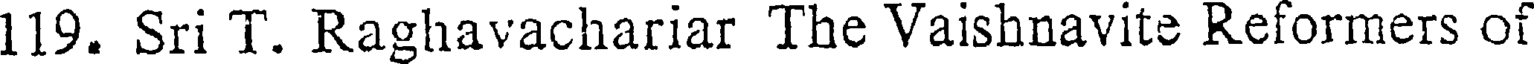
119. Sri T. Raghavachariar The Vaishnavite Reformers of